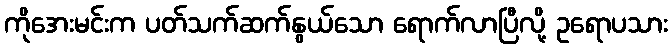
ကိုအေးမင်းက ပတ်သက်ဆက်နွယ်သော ရောက်လာပြီလို့ ဥရောပသား